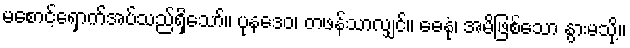
မစောင့်ရှောက်အပ်သည်ရှိသော်။ ပုနဒေဝ၊ တဖန်သာလျှင်။ ဓေနုံ၊ အမိဖြစ်သော နွားမသို့။